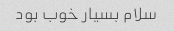
سلام بسیار خوب بود